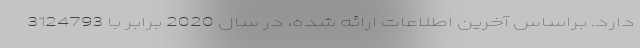
دارد. براساس آخرین اطلاعات ارائه شده، در سال 2020 برابر با 3124793